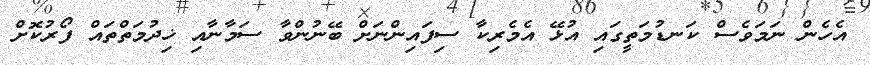
އެހެން ނަމަވެސް ކަނޑުމަތީގައި އުޅޭ އެމެރިކާ ސިފައިންނަށް ބޭނުންވާ ސަމާނާއި ޚިދުމަތްތައް ފޯރުކޮށް